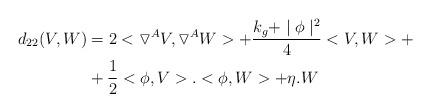
LaTeX: \begin{align*}d_{22}(V,W)&=2<\triangledown^{A}V,\triangledown^{A}W> + \frac{k_{g} + \mid\phi\mid^{2}}{4}<V,W>+\\ &+ \frac{1}{2}<\phi,V>.<\phi,W>+\eta.W\end{align*}